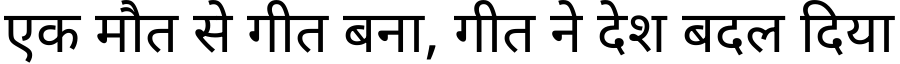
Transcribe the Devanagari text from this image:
एक मौत से गीत बना, गीत ने देश बदल दिया